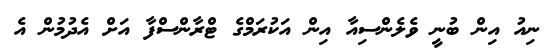
ނިއު އިން ބުނީ ވެލެންސިއާ އިން އަކުރަމްގެ ޓްރާންސްފާ އަށް އެދުމުން އެ